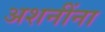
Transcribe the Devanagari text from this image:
अशनींना